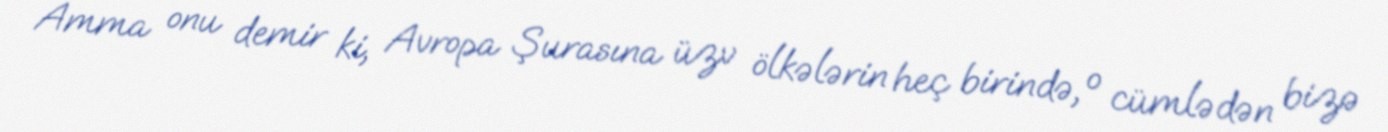
Amma onu demir ki, Avropa Şurasına üzv ölkələrin heç birində, o cümlədən bizə